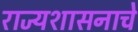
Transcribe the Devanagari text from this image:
राज्यशासनाचे